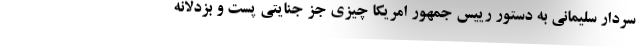
سردار سلیمانی به دستور رییس جمهور امریکا چیزی جز جنایتی پست و بزدلانه